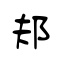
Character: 邞